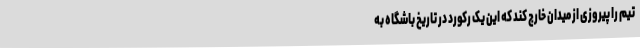
تیم را پیروزی از میدان خارج کند که این یک رکورد در تاریخ باشگاه به